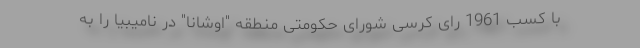
با کسب 1961 رای کرسی شورای حکومتی منطقه "اوشانا" در نامیبیا را به